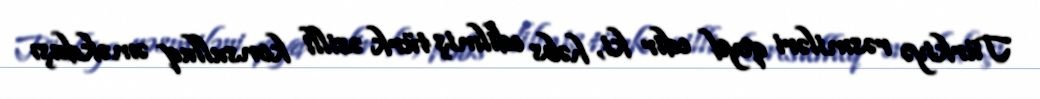
Türkiyə rəsmiləri qeyd edir ki, həbs edilmiş türk əsilli konsulluq əməkdaşı